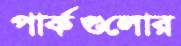
পার্কগুলোর